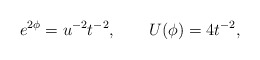
\begin{align*}e^{2\phi}=u^{-2} t^{-2}, \qquad U(\phi)=4 t^{-2},\end{align*}